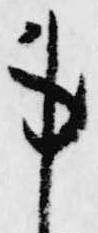
事